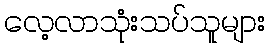
လေ့လာသုံးသပ်သူများ